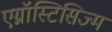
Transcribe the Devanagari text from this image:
एग्नॉस्टिसिज्म